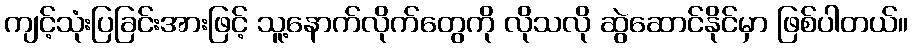
ကျင့်သုံးပြခြင်းအားဖြင့် သူ့နောက်လိုက်တွေကို လိုသလို ဆွဲဆောင်နိုင်မှာ ဖြစ်ပါတယ်။